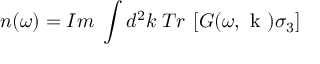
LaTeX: n ( \omega ) = I m \; \int d ^ { 2 } k \; T r \: \left[ G ( \omega , \mathrm { \boldmath ~ k ~ } ) \sigma _ { 3 } \right]